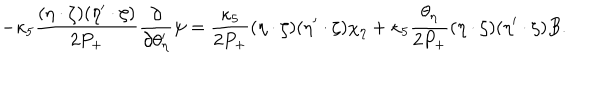
LaTeX: - \kappa _ { 5 } \frac { ( \eta \cdot \zeta ) ( \eta ^ { \prime } \cdot \zeta ) } { 2 P _ { + } } \frac { \partial } { \partial \theta _ { \eta } ^ { \prime } } \psi = \frac { \kappa _ { 5 } } { 2 P _ { + } } ( \eta \cdot \zeta ) ( \eta ^ { \prime } \cdot \zeta ) \chi _ { \eta } + \kappa _ { 5 } \frac { \theta _ { \eta } } { 2 P _ { + } } ( \eta \cdot \zeta ) ( \eta ^ { \prime } \cdot \zeta ) B .